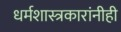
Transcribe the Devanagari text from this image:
धर्मशास्त्रकारांनीही